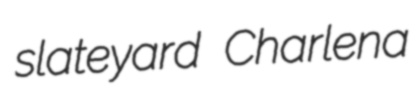
slateyard Charlena